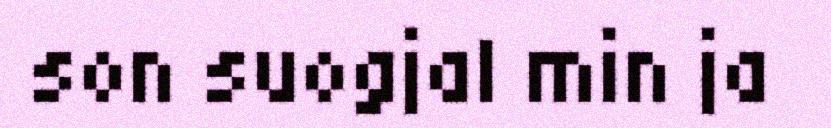
son suogjal min ja